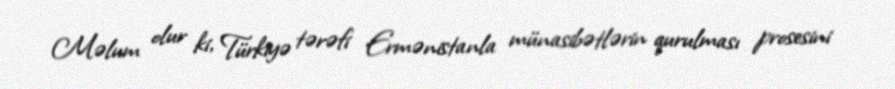
Məlum olur ki, Türkiyə tərəfi Ermənistanla münasibətlərin qurulması prosesini